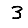
Digit: 3